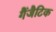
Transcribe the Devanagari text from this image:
गैंजैटिक